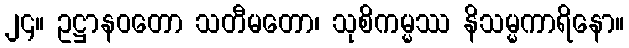
၂၄။ ဥဋ္ဌာနဝတော သတီမတော၊ သုစိကမ္မဿ နိသမ္မကာရိနော။